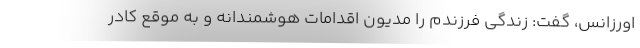
اورزانس، گفت: زندگی فرزندم را مدیون اقدامات هوشمندانه و به موقع کادر